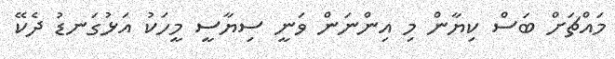
މައްޗަށް ބަސް ކިޔާން މި އިންނަން ވަނީ ސިޔާސީ މީހަކު އަޅުގަނޑު ދެކޭ